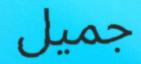
جميل